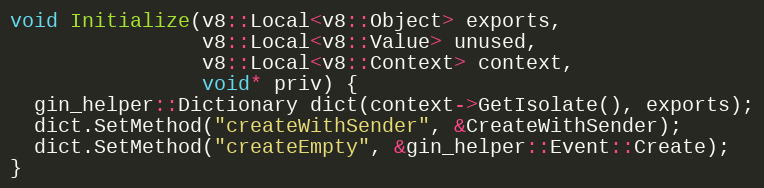
Language: C++
void Initialize(v8::Local<v8::Object> exports,
                v8::Local<v8::Value> unused,
                v8::Local<v8::Context> context,
                void* priv) {
  gin_helper::Dictionary dict(context->GetIsolate(), exports);
  dict.SetMethod("createWithSender", &CreateWithSender);
  dict.SetMethod("createEmpty", &gin_helper::Event::Create);
}